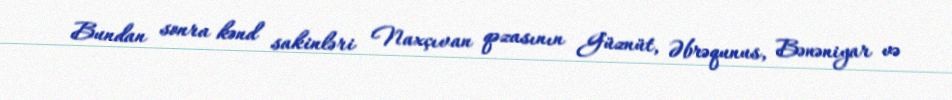
Bundan sonra kənd sakinləri Naxçıvan qəzasının Güznüt, Əbrəqunus, Bənəniyar və